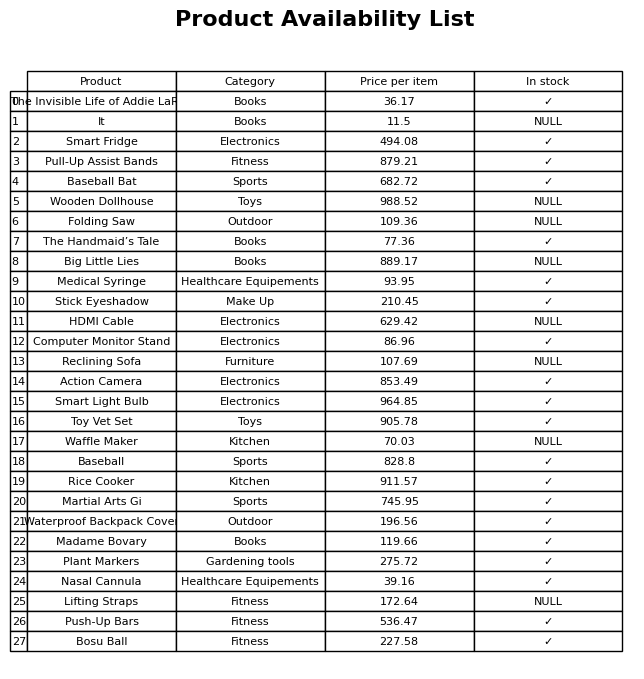
question: Which products are currently out of stock?
answer: It, Wooden Dollhouse, Folding Saw, Big Little Lies, HDMI Cable, Reclining Sofa, Waffle Maker, Lifting Straps